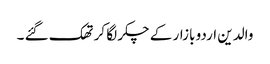
والدین اردو بازار کے چکر لگا کر تھک گئے ۔